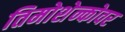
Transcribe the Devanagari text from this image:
तिमोशेन्कोवर